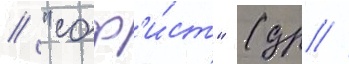
// "соф'и́ст" (др //